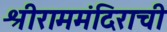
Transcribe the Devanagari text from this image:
श्रीराममंदिराची